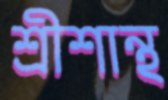
শ্রীশান্থ